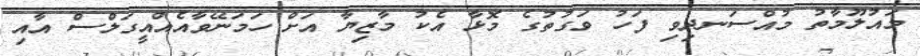
މައުލޫމާތު މުއްސަނދިވި ފަހު ވަގުތުގެ މޮޅާ އެކު މާޒިޔާ އަށް ހަމަނޭވާއެއްއީގަލްސް އާއި